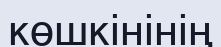
көшкінінің